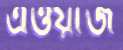
এওয়াজ